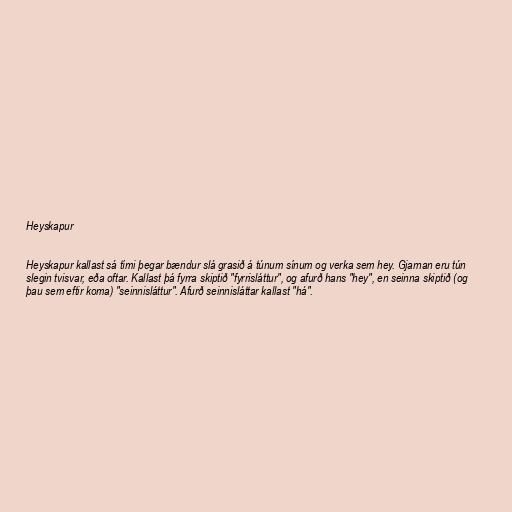
Heyskapur

Heyskapur kallast sá tími þegar bændur slá grasið á túnum sínum og verka sem hey. Gjarnan eru tún
slegin tvisvar, eða oftar. Kallast þá fyrra skiptið "fyrrisláttur", og afurð hans "hey", en seinna skiptið (og
þau sem eftir koma) "seinnisláttur". Afurð seinnisláttar kallast "há".